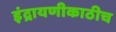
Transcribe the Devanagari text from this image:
इंद्रायणीकाठीच